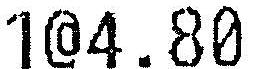
1@4.80